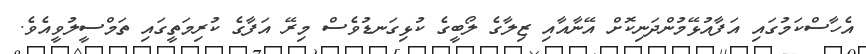
އެހާސްކަމުގައި އަފާއުޅޭމުންދަނިކޮށް އޭނާއާއި ޒިލާގެ ލޯބީގެ ކުޅިގަނޑުވެސް މިރޭ އަފާގެ ކުރިމަތީގައި ތަމްސީލުވީއެވެ.